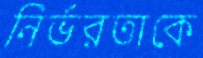
নির্ভরতাকে